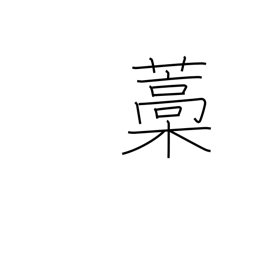
Meaning: straw